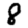
Digit: 8